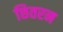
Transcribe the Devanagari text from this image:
छितरन